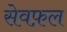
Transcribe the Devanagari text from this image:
सेवफ़ल